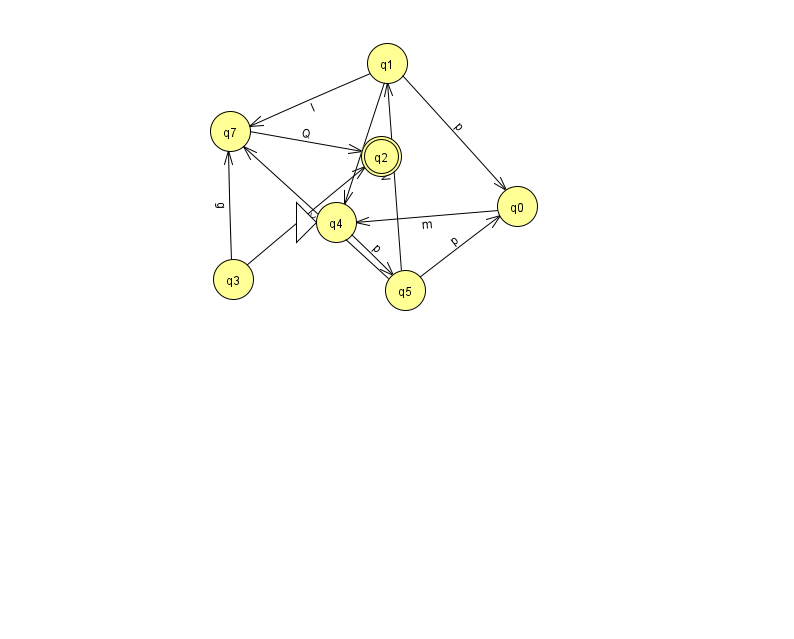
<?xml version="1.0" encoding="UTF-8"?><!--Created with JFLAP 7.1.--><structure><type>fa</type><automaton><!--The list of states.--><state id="0" name="q0"><x>517.0</x><y>193.0</y></state><state id="1" name="q1"><x>387.0</x><y>50.0</y></state><state id="2" name="q2"><x>381.0</x><y>143.0</y><final/></state><state id="3" name="q3"><x>233.0</x><y>266.0</y></state><state id="4" name="q4"><x>336.0</x><y>209.0</y><initial/></state><state id="5" name="q5"><x>405.0</x><y>277.0</y></state><state id="7" name="q7"><x>230.0</x><y>118.0</y></state><!--The list of transitions.--><transition><from>7</from><to>2</to><read>Q</read></transition><transition><from>3</from><to>7</to><read>g</read></transition><transition><from>5</from><to>1</to><read>N</read></transition><transition><from>5</from><to>7</to><read>X</read></transition><transition><from>0</from><to>4</to><read>m</read></transition><transition><from>5</from><to>0</to><read>p</read></transition><transition><from>1</from><to>4</to><read>u</read></transition><transition><from>1</from><to>0</to><read>p</read></transition><transition><from>1</from><to>7</to><read>l</read></transition><transition><from>3</from><to>2</to><read>y</read></transition><transition><from>4</from><to>5</to><read>p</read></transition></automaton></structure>